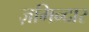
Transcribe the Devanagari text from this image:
ज़मिन्दार